Indian journal of veterinary science and animal husbandry - Volume 9,
Year: 1939
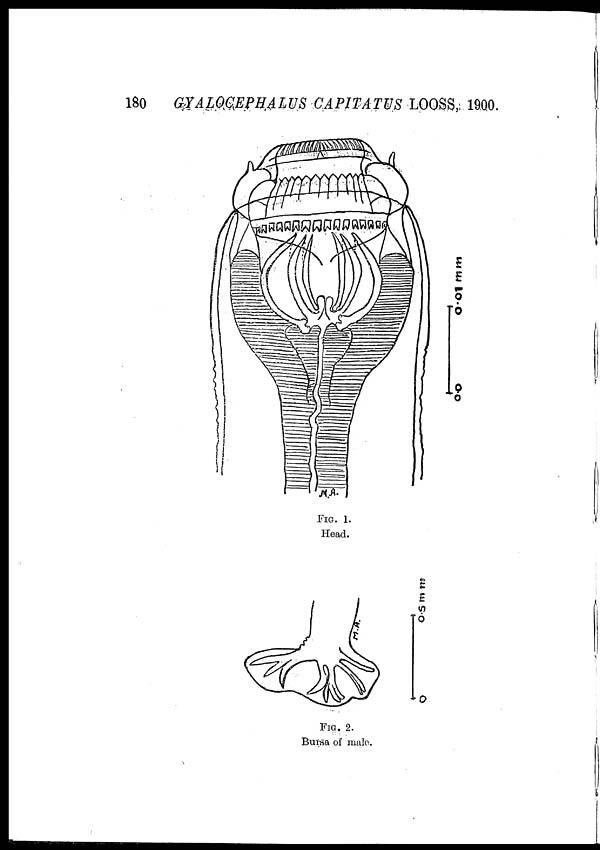
180
GYALOCEPHALUS CAPITATUS LOOSS, 1900.
FIG. 1.
Head.
FIG. 2.
Bursa of male.